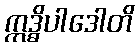
ဣဒ္ဓိပါဒေါတိ